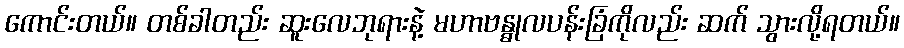
ကောင်းတယ်။ တစ်ခါတည်း ဆူးလေဘုရားနဲ့ မဟာဗန္ဓုလပန်းခြံကိုလည်း ဆက် သွားလို့ရတယ်။